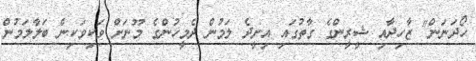
ހޯދަނަން" ޒާހިދާއި ޝީރީންގެ ގާތުގައި އިށީދެ ލަމުން ދެމީހުންގެ މޫނަށް ވަކިވަކިން ބަލާލަމުން